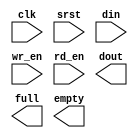
module fifo_8x2048 (
  clk,
  srst,
  din,
  wr_en,
  rd_en,
  dout,
  full,
  empty
);

  input clk;
  input srst;
  input [7 : 0] din;
  input wr_en;
  input rd_en;
  output [7 : 0] dout;
  output full;
  output empty;

endmodule